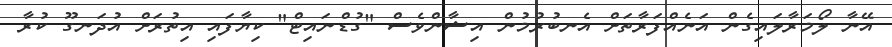
އޭނާ ލޯމަރާލައިގެން އަނެއްފަރާތަށް އެނބުރުމުން އިޝާންވެސް "ގުޑްނައިޓް" ކިޔާފައި އިތުރަށް އުދަނގޫ ކުރާ